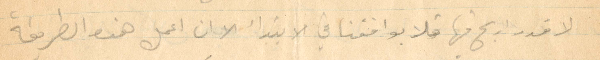
لا قدر اربح فيها فلا يوافقنا في الابتداء الا ان اعمل هذه الطريقة